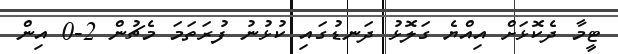
ޓީމާ ދެކޮޅަށް އިއްޔެ ގަލޮޅު ދަނޑުގައި ކުޅުނު ފުރަތަމަ މެޗުން 2-0 އިން